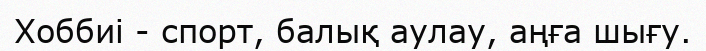
Хоббиі - спорт, балық аулау, аңға шығу.